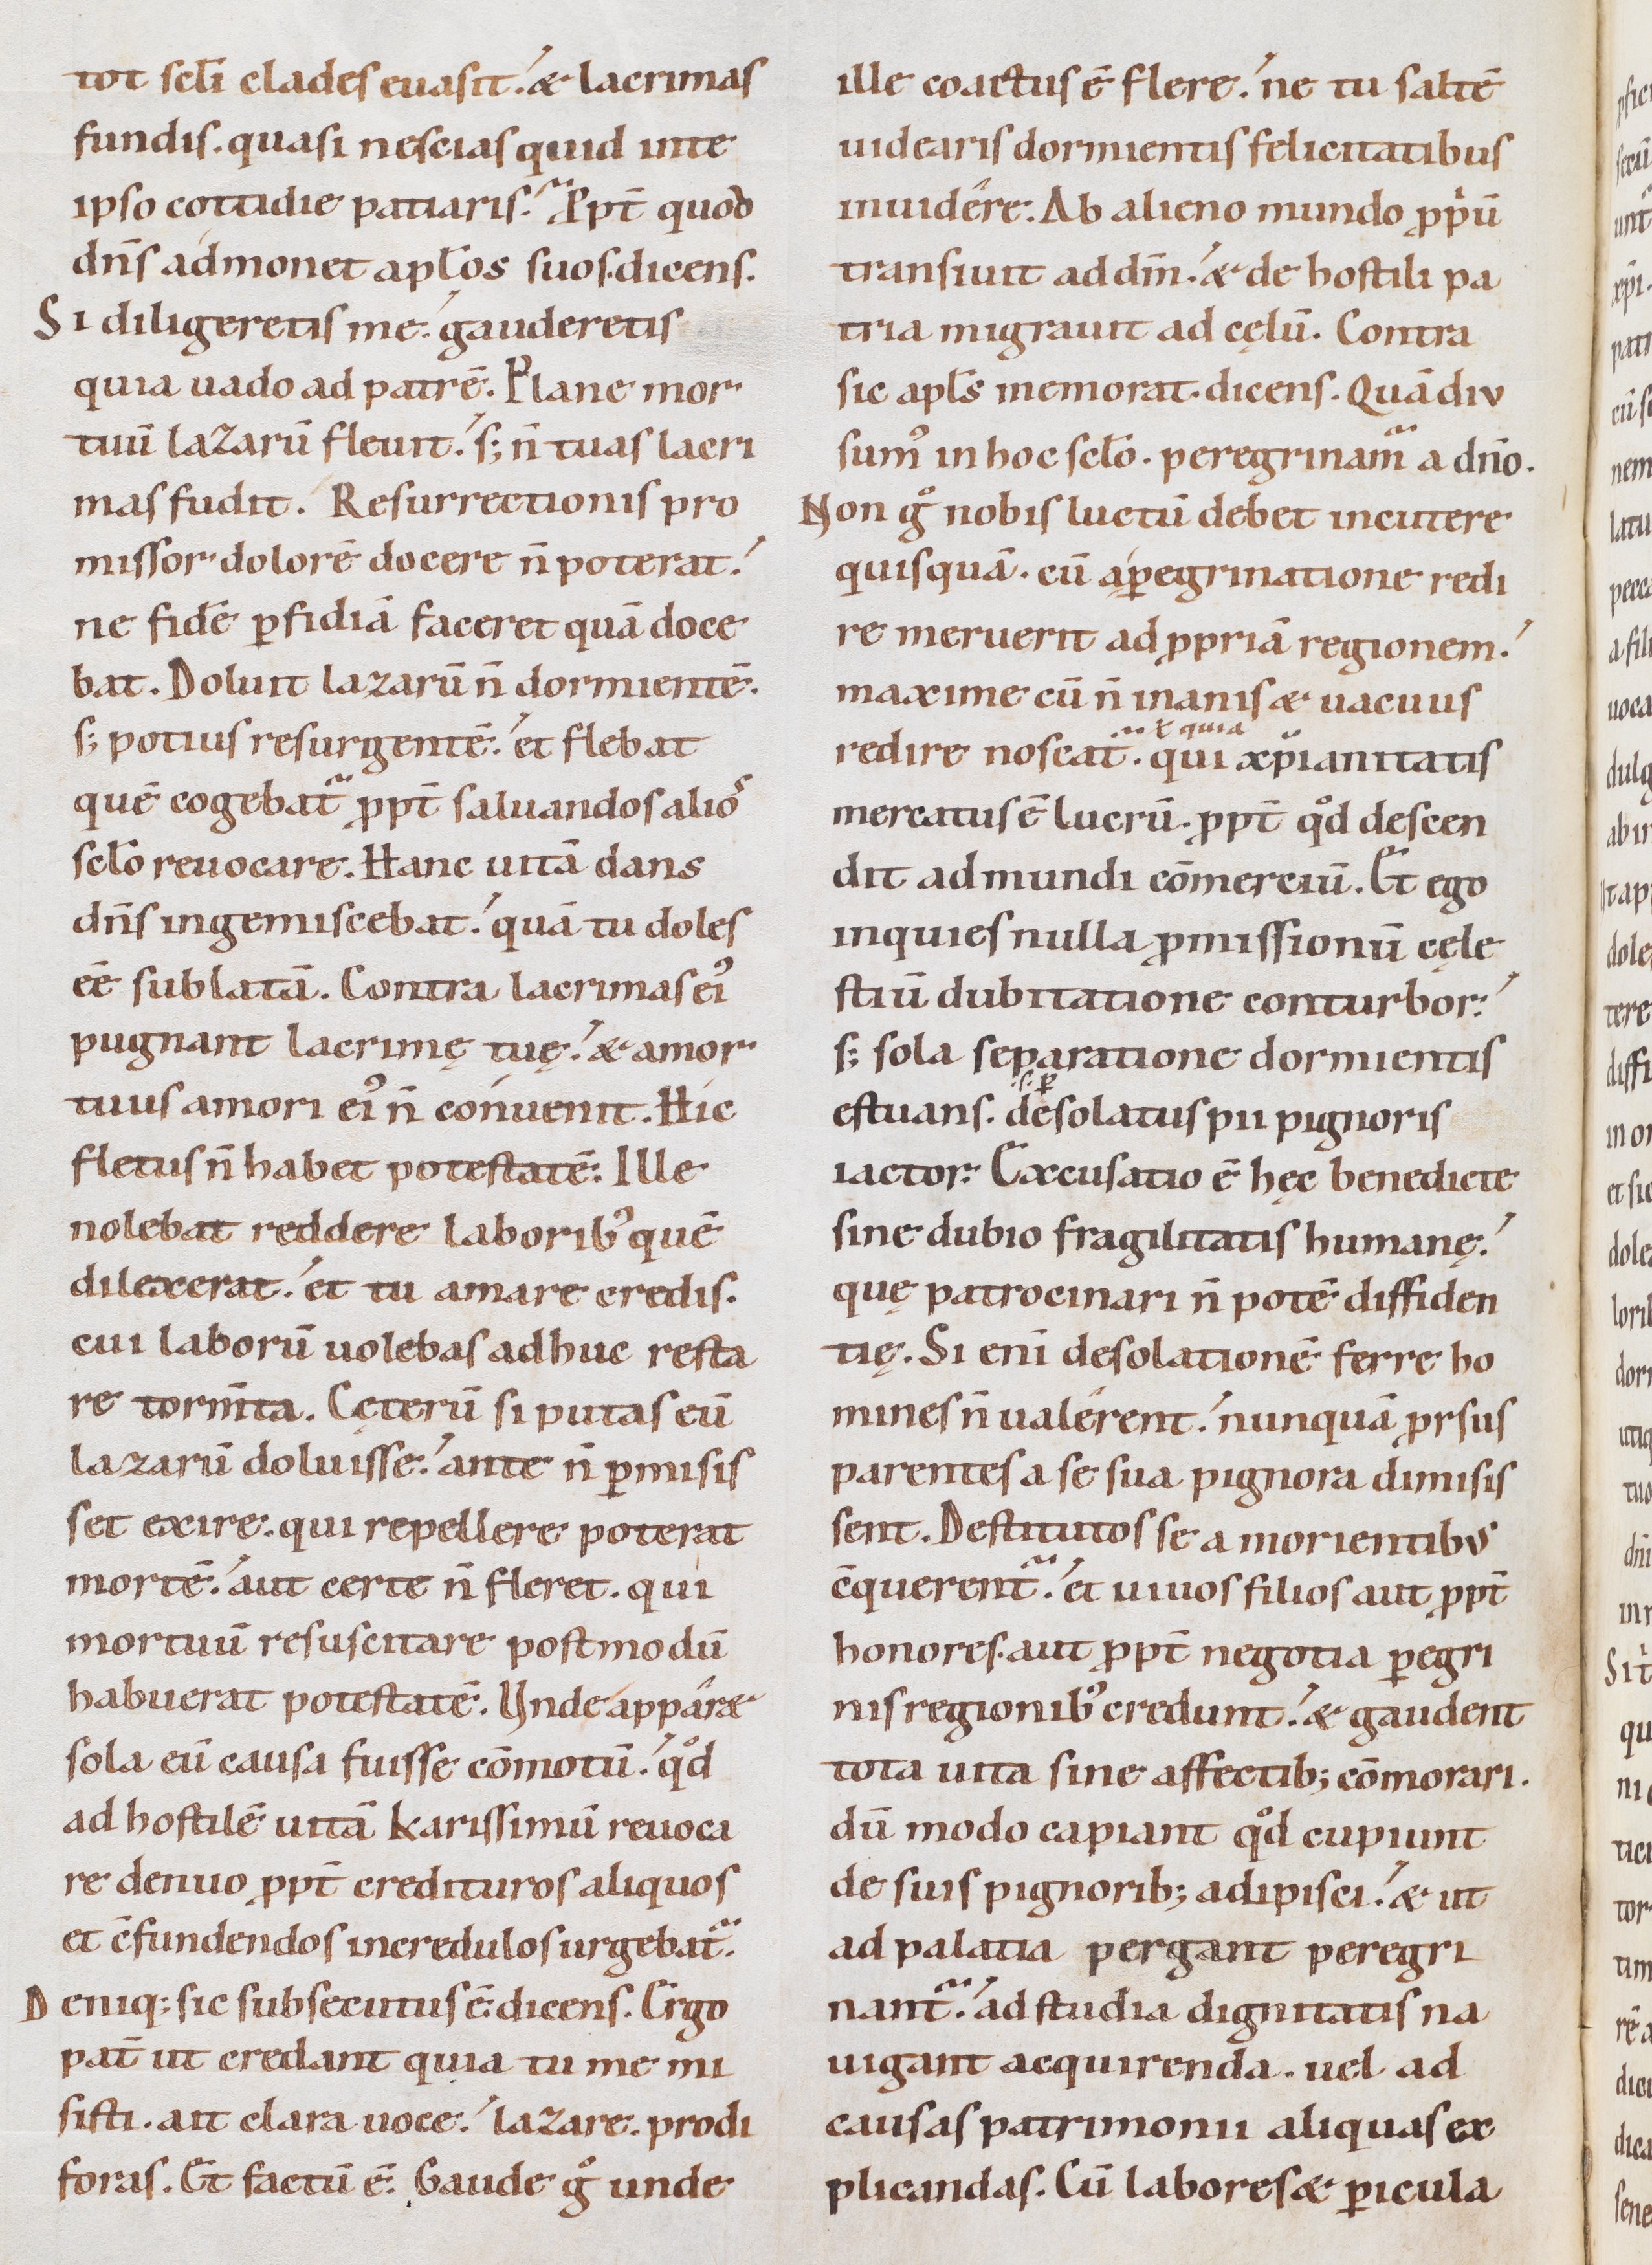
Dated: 1085–1115